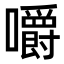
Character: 嚼